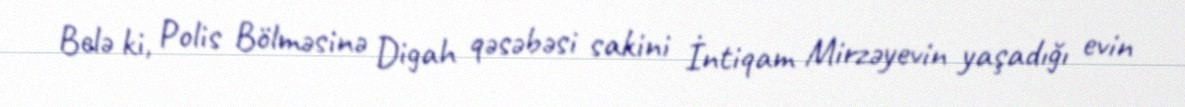
Belə ki, Polis Bölməsinə Digah qəsəbəsi sakini İntiqam Mirzəyevin yaşadığı evin